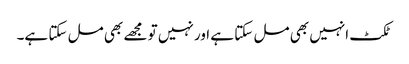
ٹکٹ انہیں بھی مل سکتا ہے اور نہیں تو مجھے بھی مل سکتا ہے۔